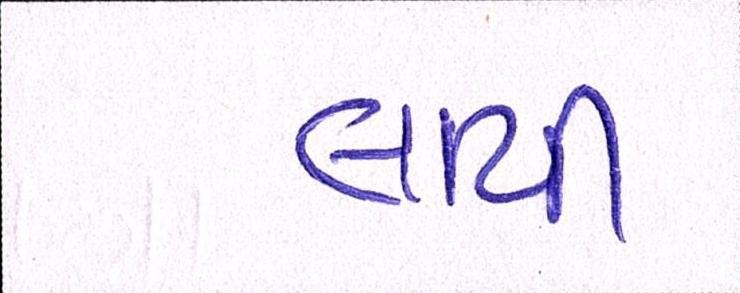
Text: લાયી